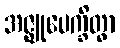
အဇ္ဈုပေက္ခိတွာ